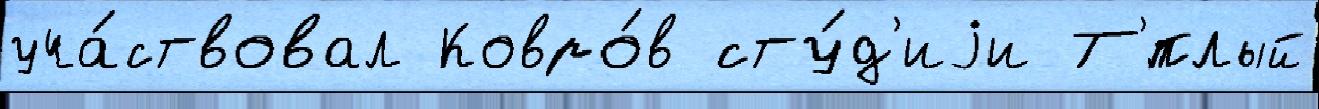
уча́ствовал Ковро́в сту́д'иjи Т'́плый